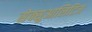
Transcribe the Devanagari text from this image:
सेक्सुआलिटिज